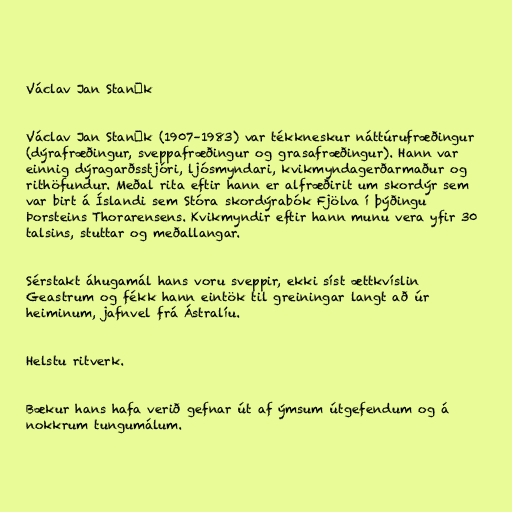
Václav Jan Staněk

Václav Jan Staněk (1907–1983) var tékkneskur náttúrufræðingur
(dýrafræðingur, sveppafræðingur og grasafræðingur). Hann var
einnig dýragarðsstjóri, ljósmyndari, kvikmyndagerðarmaður og
rithöfundur. Meðal rita eftir hann er alfræðirit um skordýr sem
var birt á Íslandi sem Stóra skordýrabók Fjölva í þýðingu
Þorsteins Thorarensens. Kvikmyndir eftir hann munu vera yfir 30
talsins, stuttar og meðallangar.

Sérstakt áhugamál hans voru sveppir, ekki síst ættkvíslin
Geastrum og fékk hann eintök til greiningar langt að úr
heiminum, jafnvel frá Ástralíu.

Helstu ritverk.

Bækur hans hafa verið gefnar út af ýmsum útgefendum og á
nokkrum tungumálum.